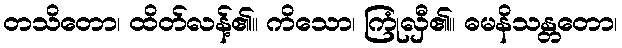
တသိတော၊ ထိတ်လန့်၏။ ကိသော၊ ကြုံလှီ၏။ ဓမနိသန္တတော၊